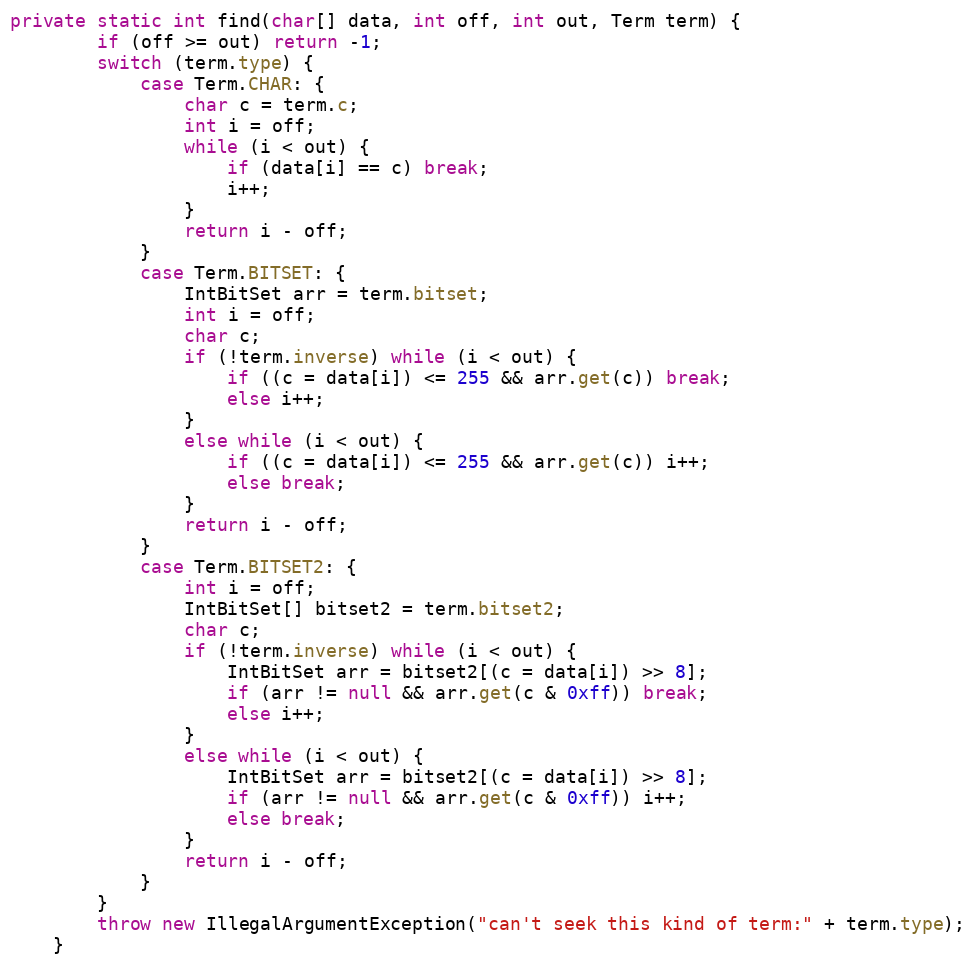
Language: Java
private static int find(char[] data, int off, int out, Term term) {
        if (off >= out) return -1;
        switch (term.type) {
            case Term.CHAR: {
                char c = term.c;
                int i = off;
                while (i < out) {
                    if (data[i] == c) break;
                    i++;
                }
                return i - off;
            }
            case Term.BITSET: {
                IntBitSet arr = term.bitset;
                int i = off;
                char c;
                if (!term.inverse) while (i < out) {
                    if ((c = data[i]) <= 255 && arr.get(c)) break;
                    else i++;
                }
                else while (i < out) {
                    if ((c = data[i]) <= 255 && arr.get(c)) i++;
                    else break;
                }
                return i - off;
            }
            case Term.BITSET2: {
                int i = off;
                IntBitSet[] bitset2 = term.bitset2;
                char c;
                if (!term.inverse) while (i < out) {
                    IntBitSet arr = bitset2[(c = data[i]) >> 8];
                    if (arr != null && arr.get(c & 0xff)) break;
                    else i++;
                }
                else while (i < out) {
                    IntBitSet arr = bitset2[(c = data[i]) >> 8];
                    if (arr != null && arr.get(c & 0xff)) i++;
                    else break;
                }
                return i - off;
            }
        }
        throw new IllegalArgumentException("can't seek this kind of term:" + term.type);
    }